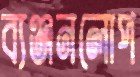
ব্যঞ্জনলোপ